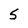
Character: 5